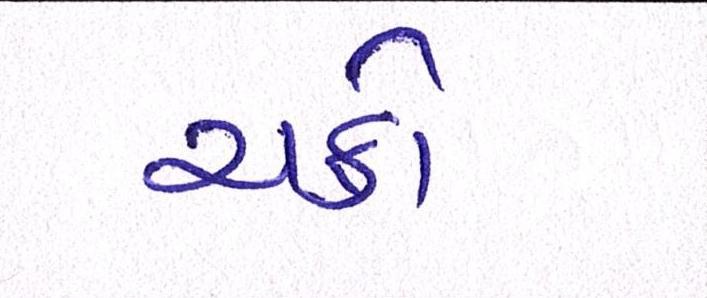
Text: ચક્રો